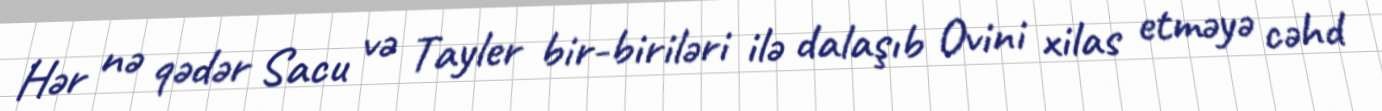
Hər nə qədər Sacu və Tayler bir-biriləri ilə dalaşıb Ovini xilas etməyə cəhd